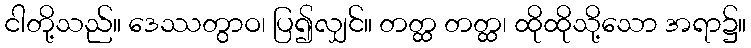
ငါတို့သည်။ ဒေဿတွာဝ၊ ပြ၍လျှင်။ တတ္ထ တတ္ထ၊ ထိုထိုသို့သော အရာ၌။